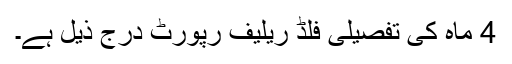
4 ماہ کی تفصیلی فلڈ ریلیف رپورٹ درج ذیل ہے۔